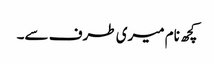
کچھ نام میری طرف سے۔